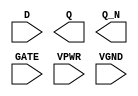
module sky130_fd_sc_hs__dlxbp (
    //# {{data|Data Signals}}
    input  D   ,
    output Q   ,
    output Q_N ,

    //# {{clocks|Clocking}}
    input  GATE,

    //# {{power|Power}}
    input  VPWR,
    input  VGND
);
endmodule